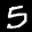
Label: 5